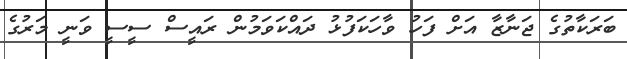
ބަރަކާތުގެ ޖަނާޒާ އަށް ފަހު ވާހަކަފުޅު ދައްކަވަމުން ރައީސް ސީސީ ވަނީ މަރުގެ